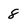
Character: 8